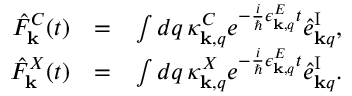
\begin{array} { r l r } { \hat { F } _ { \bf k } ^ { C } ( t ) } & { = } & { \int d q \, \kappa _ { { \bf k } , q } ^ { C } e ^ { - \frac { i } { \hbar } \epsilon _ { { \bf k } , q } ^ { E } t } \hat { e } _ { { \bf k } q } ^ { \mathrm { I } } , } \\ { \hat { F } _ { \bf k } ^ { X } ( t ) } & { = } & { \int d q \, \kappa _ { { \bf k } , q } ^ { X } e ^ { - \frac { i } { \hbar } \epsilon _ { { \bf k } , q } ^ { E } t } \hat { e } _ { { \bf k } q } ^ { \mathrm { I } } . } \end{array}